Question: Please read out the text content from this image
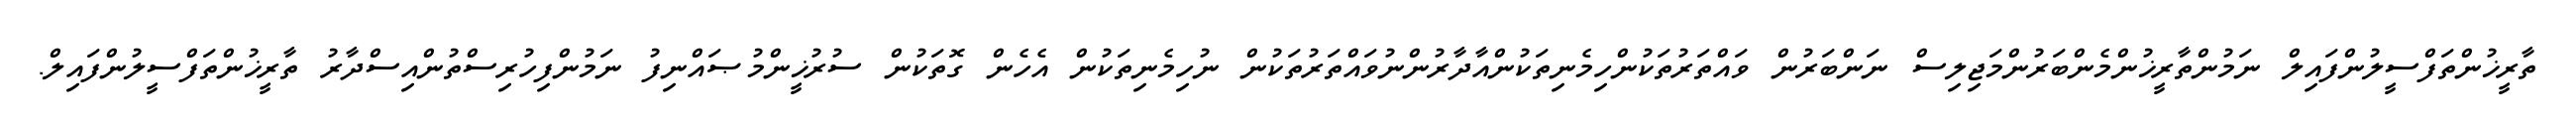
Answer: ތާރީޚުންތަފްސީލުންފައިލް ނަމުންތާރީޚުންމެންބަރުންމަޖިލިސް ނަންބަރުން ވައްތަރުތަކުންހިމެނިތަކުންއާދާރުންނުވައްތަރުތަކުން ނުހިމެނިތަކުން އެހެން ގޮތަކުން ސުރުޚީންމުޞައްނިފު ނަމުންފިހުރިސްތުންއިސްދާރު ތާރީޚުންތަފްސީލުންފައިލް.